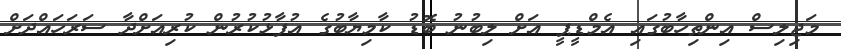
މަޖިލިސް އިންތިހާބުގައި އެމްޑީޕީ އަށް ލިބުނު ބޮޑު ކާމިޔާބުގެ އުފާޅުކުރުން ކުރިއަށްދާ ސަރަހައްދަށް